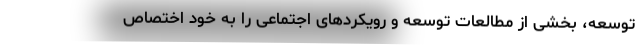
توسعه، بخشی از مطالعات توسعه و رویکردهای اجتماعی را به خود اختصاص